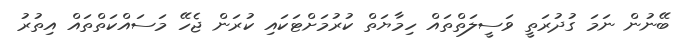
ބޭނުން ނަމަ ގުދުރަތީ ވަސީލަތްތައް ހިމާޔަތް ކުރުމަށްޓަކައި ކުރަން ޖެހޭ މަސައްކަތްތައް އިތުރު